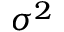
\sigma ^ { 2 }